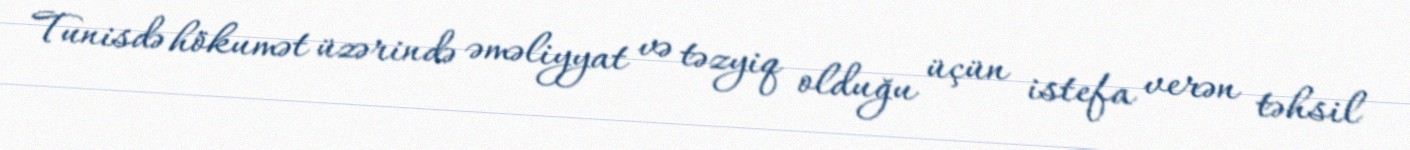
Tunisdə hökumət üzərində əməliyyat və təzyiq olduğu üçün istefa verən təhsil